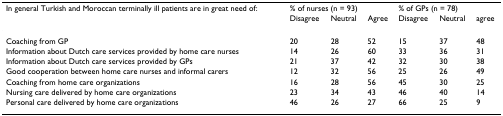
<table><thead><tr><td><b>In general Turkish and Moroccan terminally ill patients are in great need of:</b></td><td colspan="3"><b>% of nurses (n = 93)</b></td><td colspan="3"><b>% of GPs (n = 78)</b></td></tr><tr><td></td><td><b>Disagree</b></td><td><b>Neutral</b></td><td><b>Agree</b></td><td><b>Disagree</b></td><td><b>Neutral</b></td><td><b>agree</b></td></tr></thead><tbody><tr><td>Coaching from GP</td><td>20</td><td>28</td><td>52</td><td>15</td><td>37</td><td>48</td></tr><tr><td>Information about Dutch care services provided by home care nurses</td><td>14</td><td>26</td><td>60</td><td>33</td><td>36</td><td>31</td></tr><tr><td>Information about Dutch care services provided by GPs</td><td>21</td><td>37</td><td>42</td><td>32</td><td>30</td><td>38</td></tr><tr><td>Good cooperation between home care nurses and informal carers</td><td>12</td><td>32</td><td>56</td><td>25</td><td>26</td><td>49</td></tr><tr><td>Coaching from home care organizations</td><td>16</td><td>28</td><td>56</td><td>45</td><td>30</td><td>25</td></tr><tr><td>Nursing care delivered by home care organizations</td><td>23</td><td>34</td><td>43</td><td>46</td><td>40</td><td>14</td></tr><tr><td>Personal care delivered by home care organizations</td><td>46</td><td>26</td><td>27</td><td>66</td><td>25</td><td>9</td></tr></tbody></table>